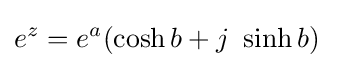
e^{z}=e^{a}(\cosh b+j\ \sinh b)\